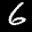
Label: 6